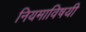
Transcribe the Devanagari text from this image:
नियमाविषयी